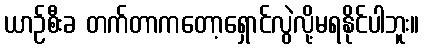
ယာဉ်စီးခ တက်တာကတော့ရှောင်လွဲလို့မရနိုင်ပါဘူး။